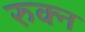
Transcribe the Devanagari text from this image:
रुक्न